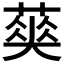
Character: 𦹬